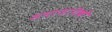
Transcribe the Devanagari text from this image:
समाजापैकी